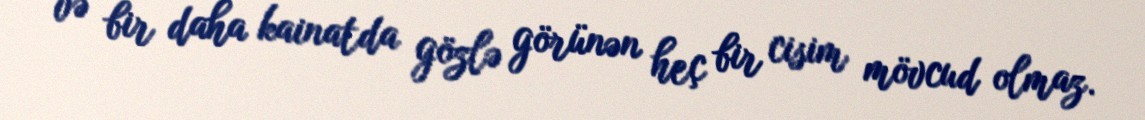
və bir daha kainatda gözlə görünən heç bir cisim mövcud olmaz.